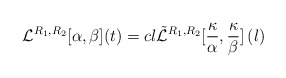
\begin{align*}\mathcal{L}^{R_1,R_2}[\alpha,\beta](t) = cl \tilde{\mathcal{L}}^{R_1,R_2}[\frac{\kappa}{\alpha},\frac{\kappa}{\beta}] \left(l\right)\end{align*}